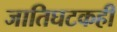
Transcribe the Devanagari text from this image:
जातिघटकही